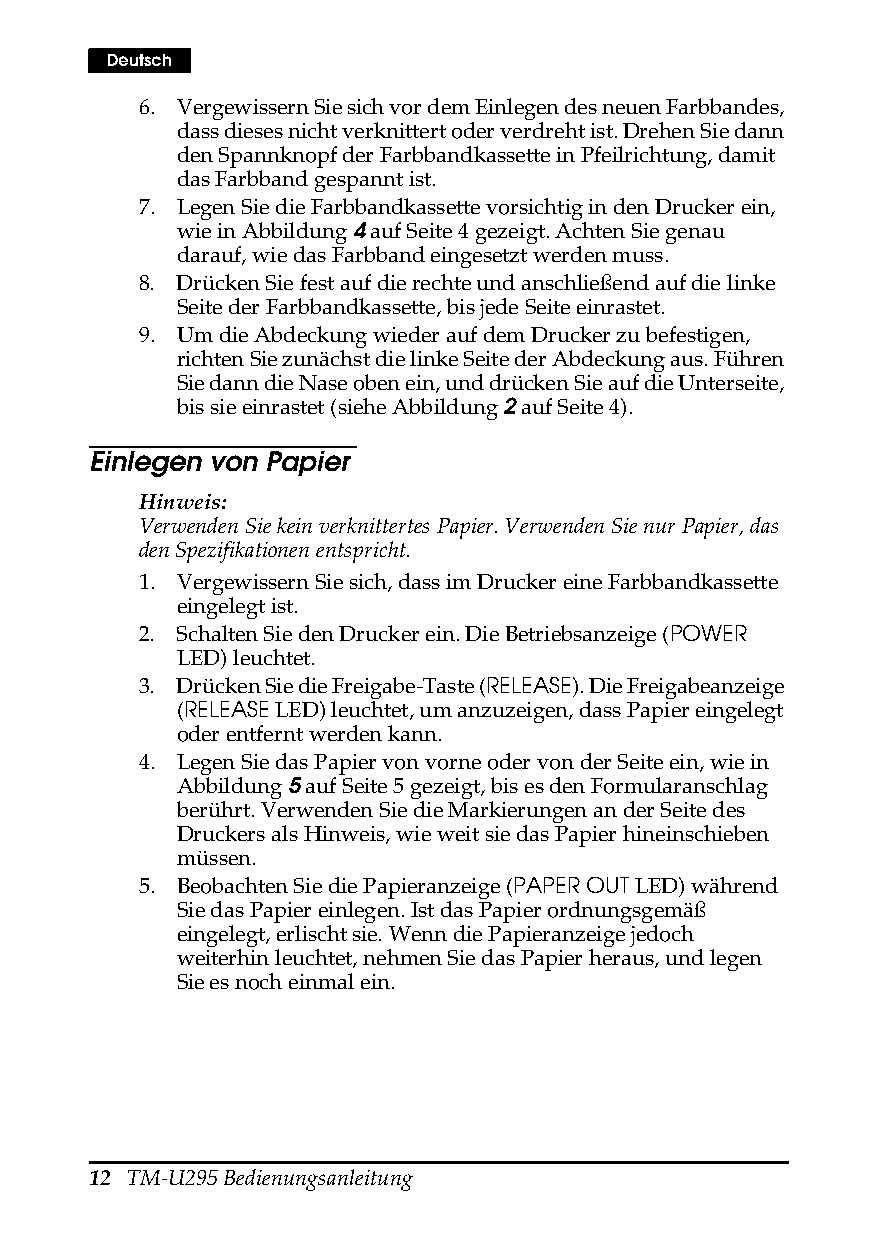
Deutsch
 6. Vergewissern Sie sich vor dem Einlegen des neuen Farbbandes,
 dass dieses nicht verknittert oder verdreht ist. Drehen Sie dann
 den Spannknopf der Farbbandkassette in Pfeilrichtung, damit
 das Farbband gespannt ist.
 7. Legen Sie die Farbbandkassette vorsichtig in den Drucker ein,
 wie in Abbildung 4 auf Seite4 gezeigt. Achten Sie genau
 darauf, wie das Farbband eingesetzt werden muss.
 8. Drücken Sie fest auf die rechte und anschließend auf die linke
 Seite der Farbbandkassette, bis jede Seite einrastet.
 9. Um die Abdeckung wieder auf dem Drucker zu befestigen,
 richten Sie zunächst die linke Seite der Abdeckung aus. Führen
 Sie dann die Nase oben ein, und drücken Sie auf die Unterseite,
 bis sie einrastet (siehe Abbildung 2 auf Seite4).
 Einlegen von Papier
 Hinweis:
 Verwenden Sie kein verknittertes Papier. Verwenden Sie nur Papier, das
 den Spezifikationen entspricht.
 1. Vergewissern Sie sich, dass im Drucker eine Farbbandkassette
 eingelegt ist.
 2. Schalten Sie den Drucker ein. Die Betriebsanzeige (POWER
 LED) leuchtet.
 3. Drücken Sie die Freigabe-Taste (RELEASE). Die Freigabeanzeige
 (RELEASE LED) leuchtet, um anzuzeigen, dass Papier eingelegt
 oder entfernt werden kann.
 4. Legen Sie das Papier von vorne oder von der Seite ein, wie in
 Abbildung 5 auf Seite5 gezeigt, bis es den Formularanschlag
 berührt. Verwenden Sie die Markierungen an der Seite des
 Druckers als Hinweis, wie weit sie das Papier hineinschieben
 müssen.
 5. Beobachten Sie die Papieranzeige (PAPER OUT LED) während
 Sie das Papier einlegen. Ist das Papier ordnungsgemäß
 eingelegt, erlischt sie. Wenn die Papieranzeige jedoch
 weiterhin leuchtet, nehmen Sie das Papier heraus, und legen
 Sie es noch einmal ein.
 12 TM-U295 Bedienungsanleitung